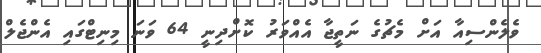
ވެލެންސިއާ އަށް މެޗުގެ ނަތީޖާ އެއްވަރު ކޮށްދިނީ 64 ވަނަ މިނިޓްގައި އެންޖެލް